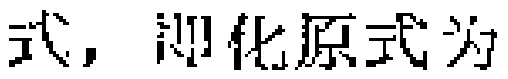
式，即化原式为